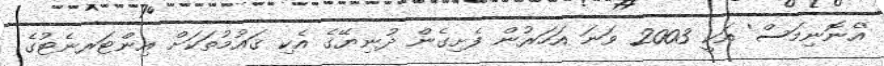
'އެނޮނިމަސް' އަކީ 2003 ވަނަ އަހަރުން ފެށިގެން ދުނިޔޭގެ އެކި ޤައުމުތަކަށް އިންޓަރނެޓުގެ